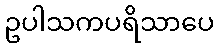
ဥပါသကပရိသာပေ